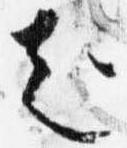
起